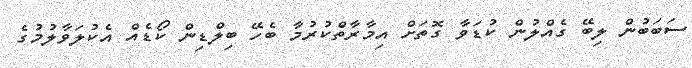
ސަބަބުން ލިބޭ ގެއްލުން ކުޑަވާ ގޮތަށް އިމާރާތްކުރުމާ ބެހޭ ބިލްޑިން ކޯޑެއް އެކުލަވާލުމުގެ